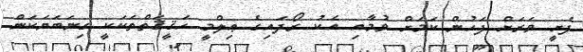
ފެށީ ވަރަށް ފަހުން ކަމަށް ވުމާއި އެކު ރޯދައިގެ ޢިލްމީ ހަޤީޤަތްތަކަކީ ގިނަބަޔަކަން